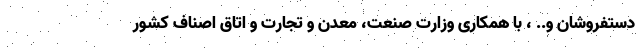
دستفروشان و.. ، با همکاری وزارت صنعت، معدن و تجارت و اتاق اصناف کشور